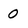
Character: 0